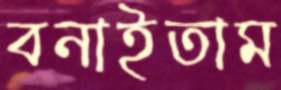
বনাইতাম